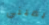
يميني